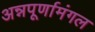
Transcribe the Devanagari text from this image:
अन्नपूर्णामंगल